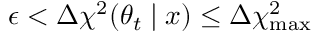
\epsilon < \Delta \chi ^ { 2 } ( \theta _ { t } \mid x ) \le \Delta \chi _ { \mathrm { m a x } } ^ { 2 }